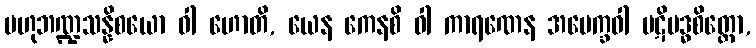
ဗဟုဘဏ္ဍသန္နိစယော ဝါ ဟောတိ, ယေန ကေနစိ ဝါ ကာရဏေန အပေက္ခဝါ ပဋိဗဒ္ဓစိတ္တော,